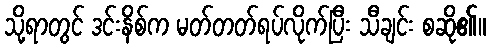
သို့ရာတွင် ဒင်းနိစ်က မတ်တတ်ရပ်လိုက်ပြီး သီချင်း စဆို၏။